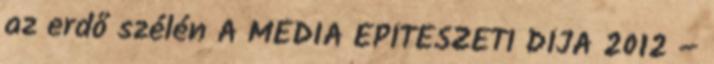
az erdő szélén A MÉDIA ÉPÍTÉSZETI DÍJA 2012 –